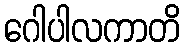
ဂေါပါလကာတိ